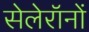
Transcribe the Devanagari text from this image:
सेलेरॉनों